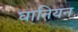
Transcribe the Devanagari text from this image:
घानियन